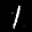
Label: 1